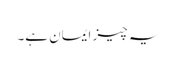
یہ چیز ایمان ہے۔